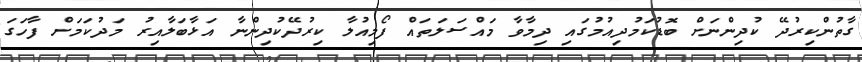
ގާތުންކިރުދޭ ކުދިންނަށް ބޮޑުކަމުދިއުމުގައި ދިމާވާ މައްސަލަތައް ފޯމިއުލާ ކިރުދޭކުދިންނާ އަޅާބަލާއިރު މަދުކަމަށް ފާހަގަ